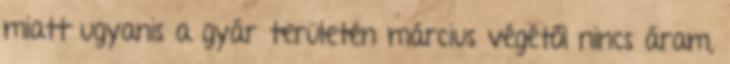
miatt ugyanis a gyár területén március végétől nincs áram,